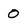
Character: 0